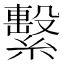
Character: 繫